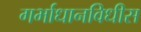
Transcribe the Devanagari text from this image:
गर्भाधानविधीस